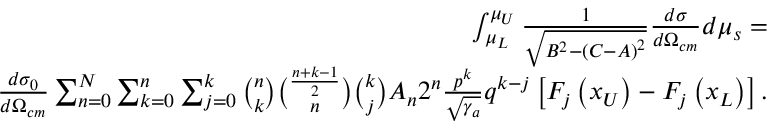
\begin{array} { r l r } & { } & { \int _ { \mu _ { L } } ^ { \mu _ { U } } \frac { 1 } { \sqrt { B ^ { 2 } - \left( C - A \right) ^ { 2 } } } \frac { d \sigma } { d \Omega _ { c m } } d \mu _ { s } = } \\ & { } & { \frac { d \sigma _ { 0 } } { d \Omega _ { c m } } \sum _ { n = 0 } ^ { N } \sum _ { k = 0 } ^ { n } \sum _ { j = 0 } ^ { k } \binom { n } { k } \binom { \frac { n + k - 1 } { 2 } } { n } \binom { k } { j } A _ { n } 2 ^ { n } \frac { p ^ { k } } { \sqrt { \gamma _ { a } } } q ^ { k - j } \left[ F _ { j } \left( x _ { U } \right) - F _ { j } \left( x _ { L } \right) \right] . } \end{array}